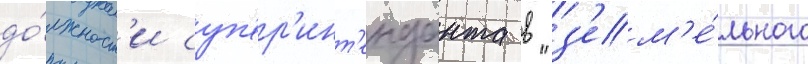
до́лжност'и суп'ер'инт'енданта в "з'ем'е́льного